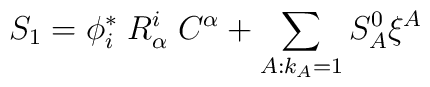
S_1= \phi^*_i\;R^i_{\alpha}\;C^{\alpha} +\sum_{A:k_A=1}S_A^0\xi^A